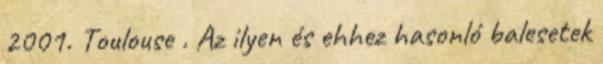
2001. Toulouse . Az ilyen és ehhez hasonló balesetek